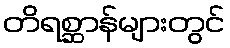
တိရစ္ဆာန်များတွင်